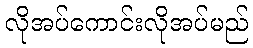
လိုအပ်ကောင်းလိုအပ်မည်